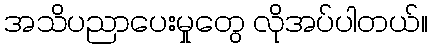
အသိပညာပေးမှုတွေ လိုအပ်ပါတယ်။